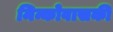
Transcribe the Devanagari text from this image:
मिन्कोवासकी